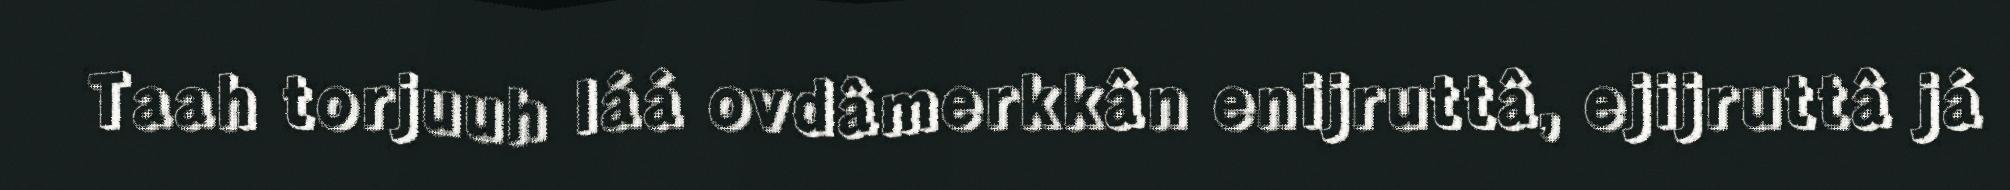
Taah torjuuh láá ovdâmerkkân enijruttâ, ejijruttâ já